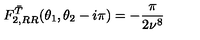
F _ { 2 , R R } ^ { \bar { T } } ( \theta _ { 1 } , \theta _ { 2 } - i \pi ) = - \frac { \pi } { 2 \nu ^ { 8 } }